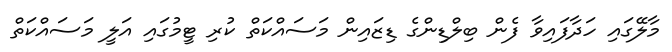
މާލޭގައި ހަދާފައިވާ ފެން ބިލްޑިންގެ ޑިޒައިން މަސައްކަތް ކުރި ޓީމުގައި އަލީ މަސައްކަތް